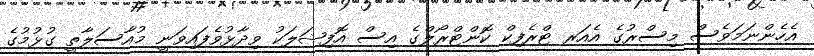
އެހެންނަމަވެސް މިސްރުގެ އެއަރ ޓްރެފިކް ކޮންޓްރޯލްގެ އިސް އޮފިޝަލަކު ވިދާޅުވެފައިވަނީ މުއާސަލާތީ ގުޅުމުގެ